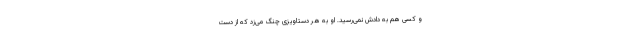
و کسی هم به دادش نمی‌رسید. او به هر دستاویزی چنگ می‌زد که از دست